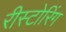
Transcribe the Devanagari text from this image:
रीस्टोरिंग